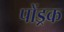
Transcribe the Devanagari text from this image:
पोंड्रक